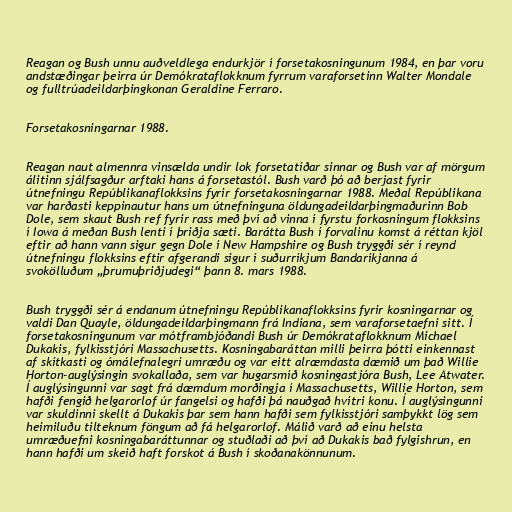
Reagan og Bush unnu auðveldlega endurkjör í forsetakosningunum 1984, en þar voru
andstæðingar þeirra úr Demókrataflokknum fyrrum varaforsetinn Walter Mondale
og fulltrúadeildarþingkonan Geraldine Ferraro.

Forsetakosningarnar 1988.

Reagan naut almennra vinsælda undir lok forsetatíðar sinnar og Bush var af mörgum
álitinn sjálfsagður arftaki hans á forsetastól. Bush varð þó að berjast fyrir
útnefningu Repúblikanaflokksins fyrir forsetakosningarnar 1988. Meðal Repúblikana
var harðasti keppinautur hans um útnefninguna öldungadeildarþingmaðurinn Bob
Dole, sem skaut Bush ref fyrir rass með því að vinna í fyrstu forkosningum flokksins
í Iowa á meðan Bush lenti í þriðja sæti. Barátta Bush í forvalinu komst á réttan kjöl
eftir að hann vann sigur gegn Dole í New Hampshire og Bush tryggði sér í reynd
útnefningu flokksins eftir afgerandi sigur í suðurríkjum Bandaríkjanna á
svokölluðum „þrumuþriðjudegi“ þann 8. mars 1988.

Bush tryggði sér á endanum útnefningu Repúblikanaflokksins fyrir kosningarnar og
valdi Dan Quayle, öldungadeildarþingmann frá Indiana, sem varaforsetaefni sitt. Í
forsetakosningunum var mótframbjóðandi Bush úr Demókrataflokknum Michael
Dukakis, fylkisstjóri Massachusetts. Kosningabaráttan milli þeirra þótti einkennast
af skítkasti og ómálefnalegri umræðu og var eitt alræmdasta dæmið um það Willie
Horton-auglýsingin svokallaða, sem var hugarsmíð kosningastjóra Bush, Lee Atwater.
Í auglýsingunni var sagt frá dæmdum morðingja í Massachusetts, Willie Horton, sem
hafði fengið helgarorlof úr fangelsi og hafði þá nauðgað hvítri konu. Í auglýsingunni
var skuldinni skellt á Dukakis þar sem hann hafði sem fylkisstjóri samþykkt lög sem
heimiluðu tilteknum föngum að fá helgarorlof. Málið varð að einu helsta
umræðuefni kosningabaráttunnar og stuðlaði að því að Dukakis bað fylgishrun, en
hann hafði um skeið haft forskot á Bush í skoðanakönnunum.